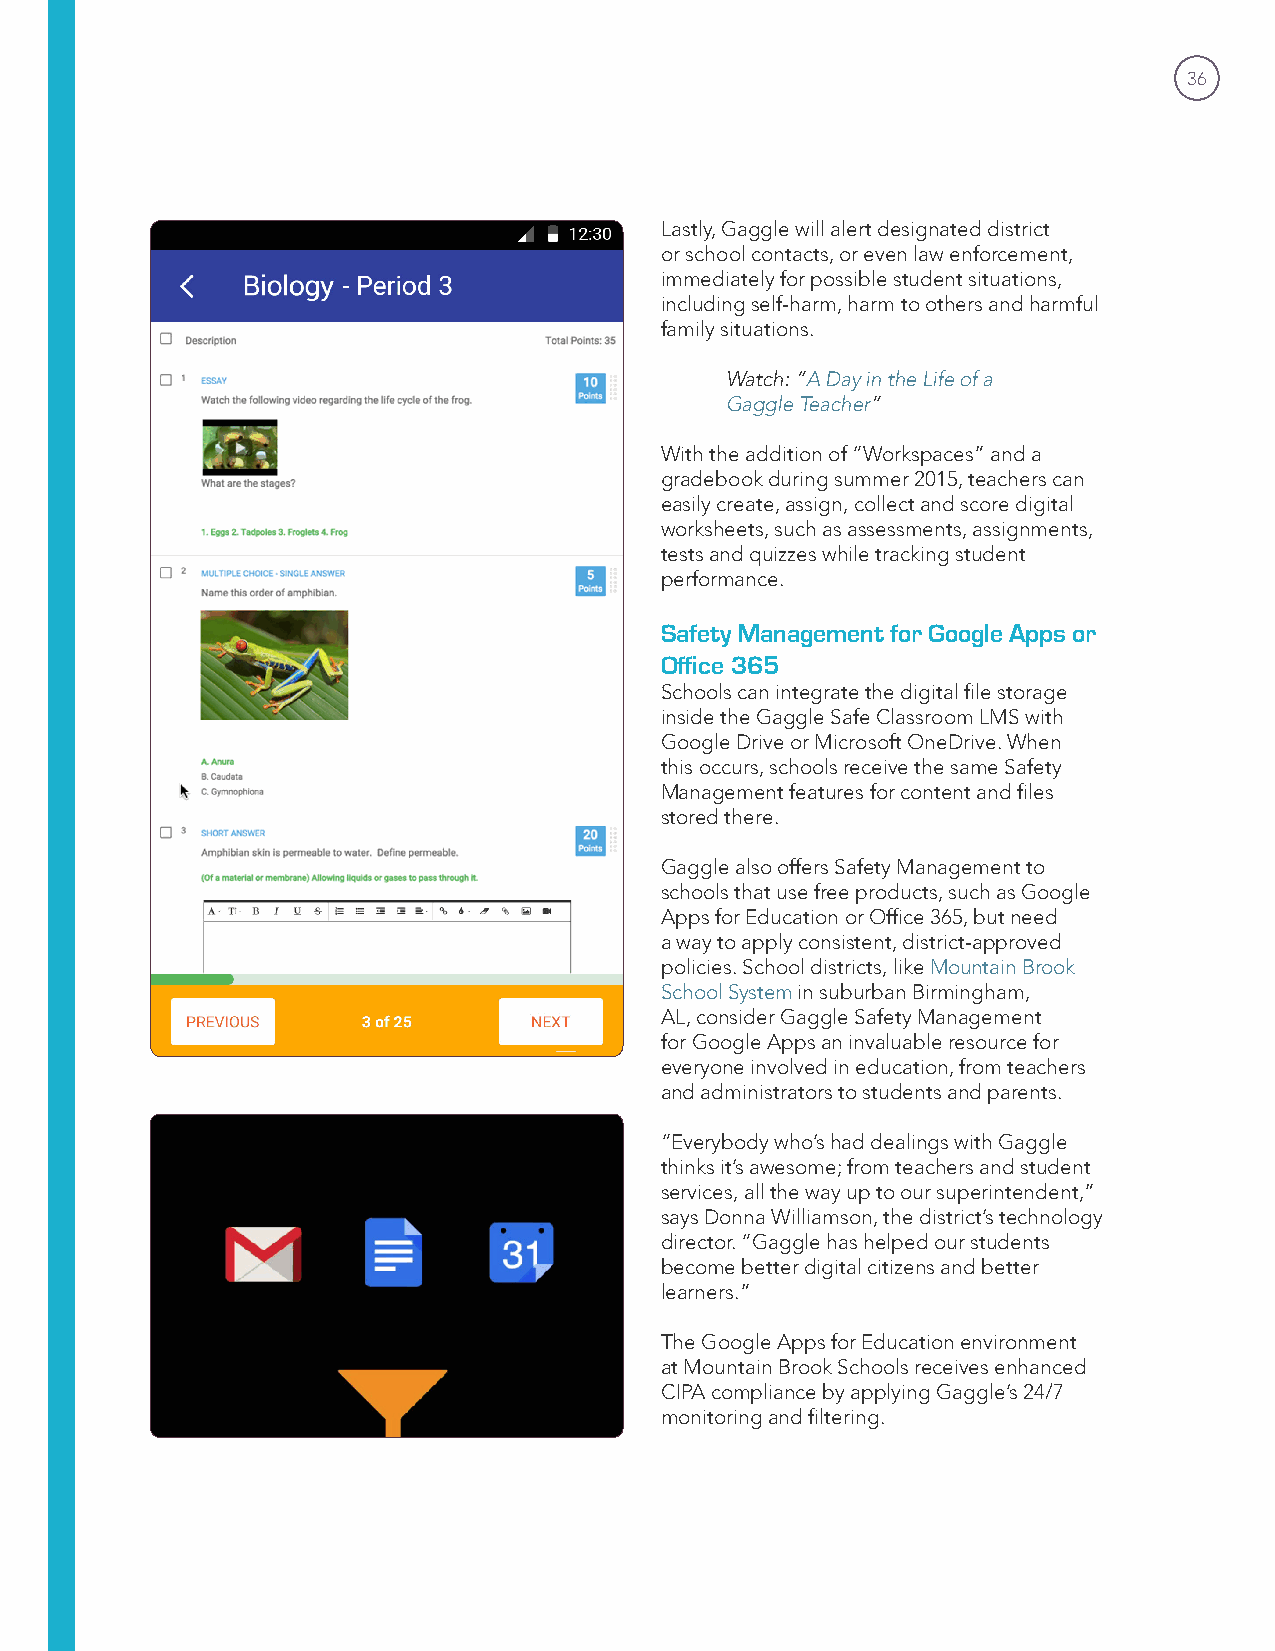
36
 Lastly, Gaggle will alert designated district
 or school contacts, or even law enforcement,
 immediately for possible student situations,
 including self-harm, harm to others and harmful
 family situations.
 Watch: “A Day in the Life of a
 Gaggle Teacher”
 With the addition of “Workspaces” and a
 gradebook during summer 2015, teachers can
 easily create, assign, collect and score digital
 worksheets, such as assessments, assignments,
 tests and quizzes while tracking student
 performance.
 Safety Management for Google Apps or
 Office 365
 Schools can integrate the digital file storage
 inside the Gaggle Safe Classroom LMS with
 Google Drive or Microsoft OneDrive. When
 this occurs, schools receive the same Safety
 Management features for content and files
 stored there.
 Gaggle also offers Safety Management to
 schools that use free products, such as Google
 Apps for Education or Office 365, but need
 a way to apply consistent, district-approved
 policies. School districts, like Mountain Brook
 School System in suburban Birmingham,
 AL, consider Gaggle Safety Management
 for Google Apps an invaluable resource for
 everyone involved in education, from teachers
 and administrators to students and parents.
 “Everybody who’s had dealings with Gaggle
 thinks it’s awesome; from teachers and student
 services, all the way up to our superintendent,”
 says Donna Williamson, the district’s technology
 director. “Gaggle has helped our students
 become better digital citizens and better
 learners.”
 The Google Apps for Education environment
 at Mountain Brook Schools receives enhanced
 CIPA compliance by applying Gaggle’s 24/7
 monitoring and filtering.